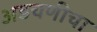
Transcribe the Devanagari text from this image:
अडचणीचा